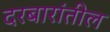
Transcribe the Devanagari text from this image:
दरबारांतील